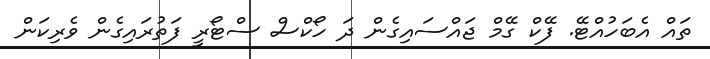
ތައް އެބަހުއްޓޭ. ފޭކް ގޭމް ޖައްސައިގެން ދަ ހޯކްސް ސްޓޯރީ ފަތުރައިގެން ވެރިކަން